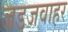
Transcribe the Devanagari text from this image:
जडजवाहर